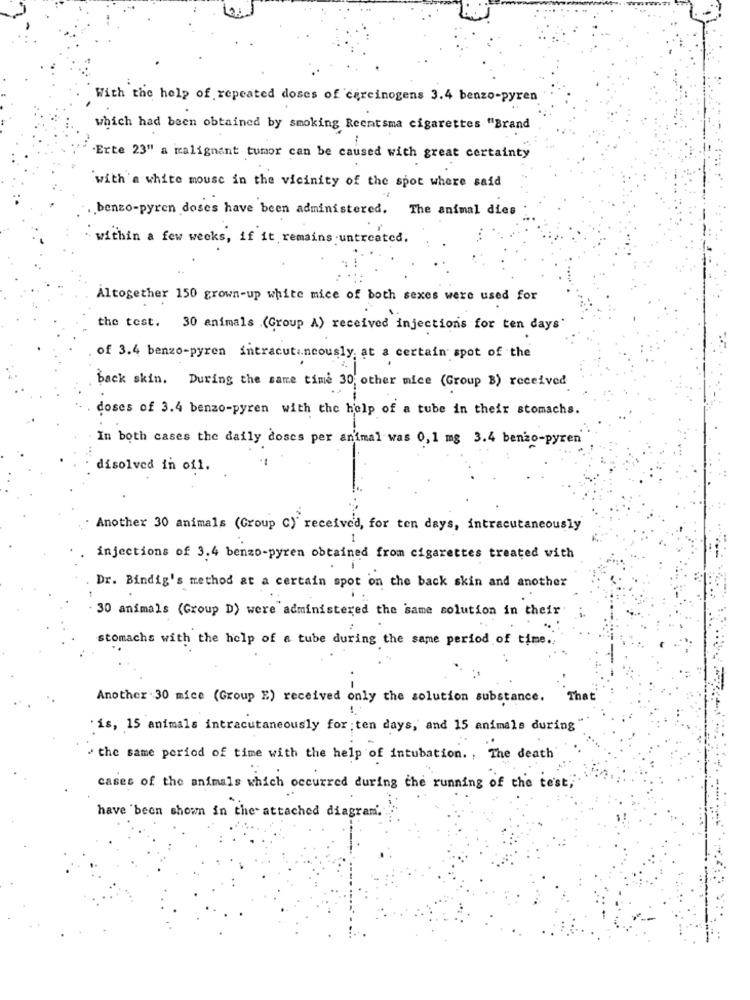
With the help of repeated doses of carcinogens 3.4 benzo-pyren
which had been obtained by smoking Recatsma cigarettes "Brand
"Erte 23" a malignant tumor can be caused with great certainty
with'a white mouse in the vicinity of the spot where said
benzo-pyren doses have been administered. The animal dies
within a few weeks, if it remains untreated.
Altogether 150 grown-up white mice of both sexes were used for
the test. 30 animals .(Group A) received injections for ten days'
of 3.4 benzo-pyren intracutaneously, at a certain spot of the
back skin. During the same time 30; other mice (Group B) received
doses of 3.4 benzo-pyren with the help of a tube in their stomachs.
In both cases the daily doses per animal was 0,1 mg 3.4 benzo-pyren
disolved in oil.
Another 30 animals (Group C) received, for ten days, intracutaneously
1
injections of 3.4 benzo-pyren obtained from cigarettes treated with
Dr. Bindig's method at a certain spot on the back skin and another
30 animals (Group D) were administered the same solution in their
stomachs with the help of a tube during the same period of time ..
Another . 30 mice (Group E) received only the solution substance.
That
"is, 15 animals intracutaneously for ;ten days, and 15 animals during
" the same period of time with the help of intubation. , The death
cases of the animals which occurred during the running of the test ,
have 'been shown in the attached diagram.